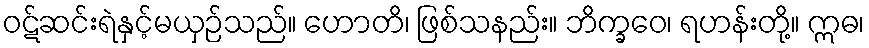
ဝဋ်ဆင်းရဲနှင့်မယှဉ်သည်။ ဟောတိ၊ ဖြစ်သနည်း။ ဘိက္ခဝေ၊ ရဟန်းတို့။ ဣဓ၊